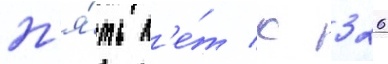
п'я́ть л'е́т с 326